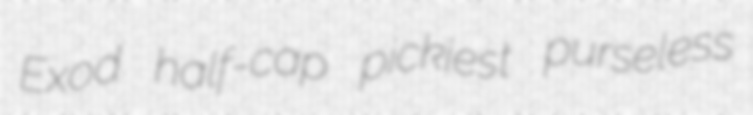
Exod half-cap pickiest purseless